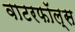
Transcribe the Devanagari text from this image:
वाटरफॉल्स